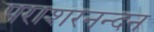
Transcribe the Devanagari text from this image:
पराशरनन्दन